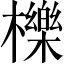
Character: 櫟